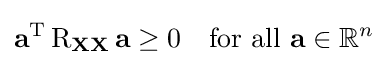
\mathbf {a} ^{\mathrm {T} }\operatorname {R} _{\mathbf {X} \mathbf {X} }\mathbf {a} \geq 0\quad {\text{for all }}\mathbf {a} \in \mathbb {R} ^{n}